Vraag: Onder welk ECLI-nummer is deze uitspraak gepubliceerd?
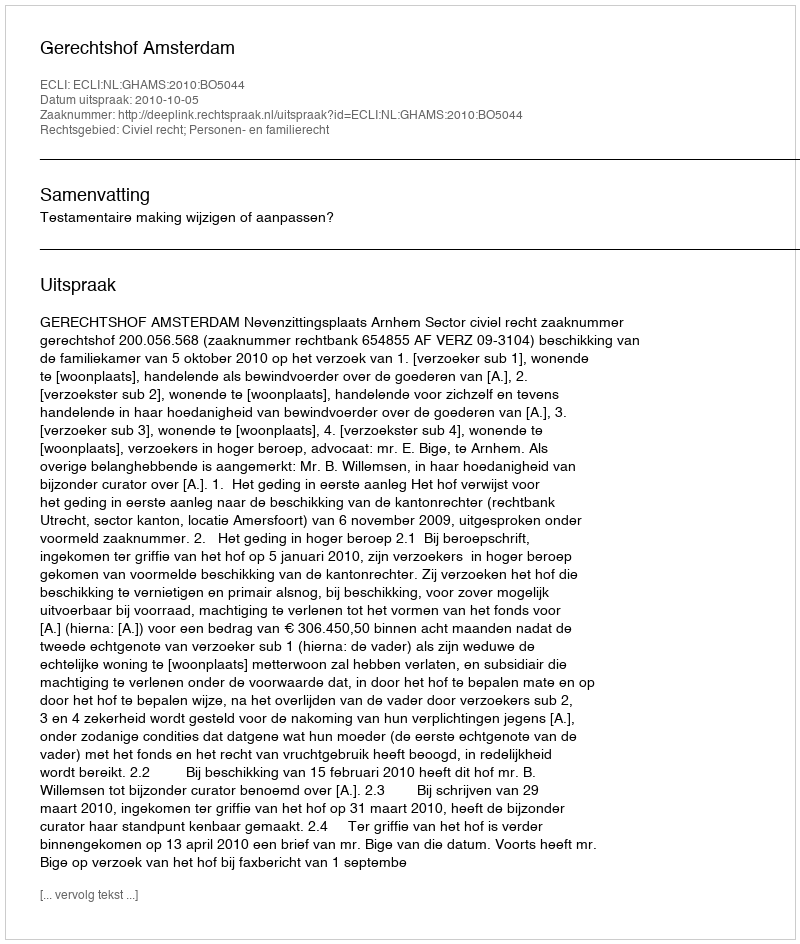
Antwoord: ECLI:NL:GHAMS:2010:BO5044